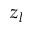
z _ { l }